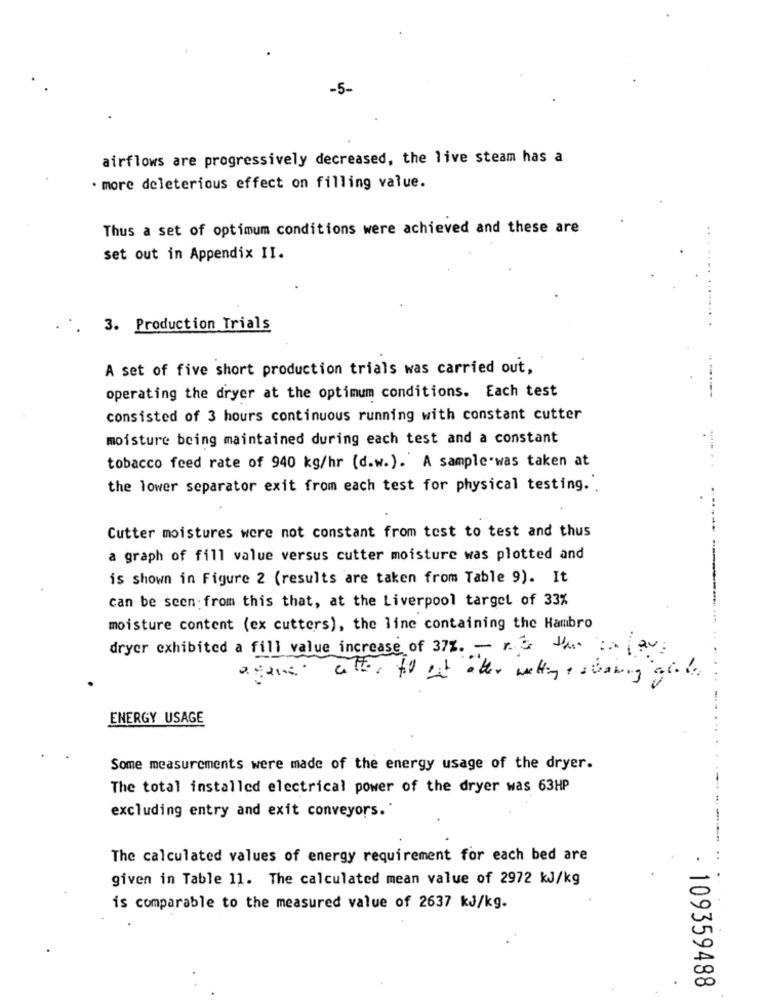
-5-
airflows are progressively decreased, the live steam has a
· more deleterious effect on filling value.
Thus a set of optimum conditions were achieved and these are
set out in Appendix II.
3. Production Trials
A set of five short production trials was carried out,
------
operating the dryer at the optimum conditions. Each test
consisted of 3 hours continuous running with constant cutter
moisture being maintained during each test and a constant
tobacco feed rate of 940 kg/hr (d.w.). A sample was taken at
the lower separator exit from each test for physical testing ..
....
Cutter moistures were not constant from test to test and thus
---
a graph of fill value versus cutter moisture was plotted and
is shown in Figure 2 (results are taken from Table 9). It
can be seen: from this that, at the Liverpool target of 33%
moisture content (ex cutters), the line containing the Hambro
dryer exhibited a fill value increase of 37%. - rh
after till but after wetting , staring graden
ENERGY USAGE
Some measurements were made of the energy usage of the dryer.
The total installed electrical power of the dryer was 63HP
excluding entry and exit conveyors.
The calculated values of energy requirement for each bed are
given in Table 11. The calculated mean value of 2972 KJ/kg
is comparable to the measured value of 2637 KJ/kg.
109359488